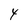
Character: 4